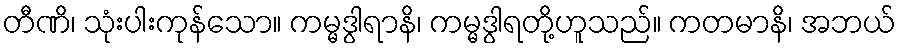
တီဏိ၊ သုံးပါးကုန်သော။ ကမ္မဒွါရာနိ၊ ကမ္မဒွါရတို့ဟူသည်။ ကတမာနိ၊ အဘယ်